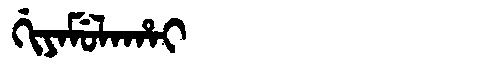
Manchu: ᡤᡳᠶᠠᠮᡠᠯᠠᡥᠠᡳ
Romanization: GIYAMULAHAI